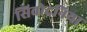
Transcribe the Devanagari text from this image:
सिवोदनिया